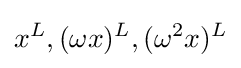
x^{L},(\omega x)^{L},(\omega ^{2}x)^{L}